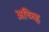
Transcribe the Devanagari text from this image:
अच्च्हि